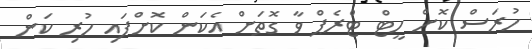
ހުރަސް ކޮށް ހީޓް ޓްރެޕް ވާ ގޮތަށް އެކަން ކޮށްފައި ހުރި ކަން